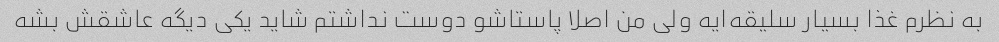
به نظرم غذا بسیار سلیقه‌ایه ولی من اصلا پاستاشو دوست نداشتم شاید یکی دیگه عاشقش بشه